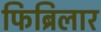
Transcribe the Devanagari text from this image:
फिब्रिलार